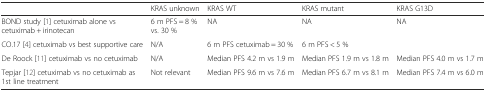
|  | KRAS unknown | KRAS WT | KRAS mutant | KRAS G13D |
 | --- | --- | --- | --- | --- |
 | BOND study [1] cetuximab alone vs cetuximab + irinotecan | 6 m PFS = 8 % vs. 30 % | NA | NA | NA |
 | CO.17 [4] cetuximab vs best supportive care | N/A | 6 m PFS cetuximab = 30 % | 6 m PFS < 5 % |  |
 | De Roock [11] cetuximab vs no cetuximab | N/A | Median PFS 4.2 m vs 1.9 m | Median PFS 1.9 m vs 1.8 m | Median PFS 4.0 m vs 1.7 m |
 | Tepjar [12] cetuximab vs no cetuximab as 1st line treatment | Not relevant | Median PFS 9.6 m vs 7.6 m | Median PFS 6.7 m vs 8.1 m | Median PFS 7.4 m vs 6.0 m |